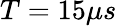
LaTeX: T=15\mu s